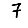
Digit: 7